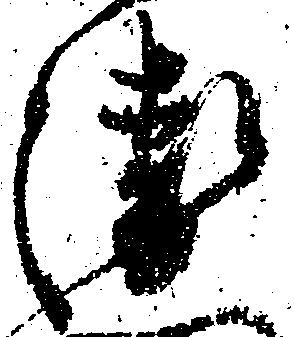
衛